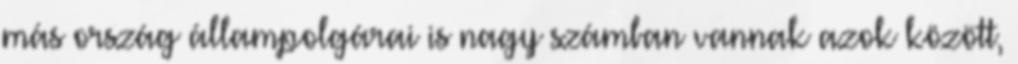
más ország állampolgárai is nagy számban vannak azok között,